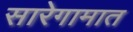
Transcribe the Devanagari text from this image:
सारेगामात